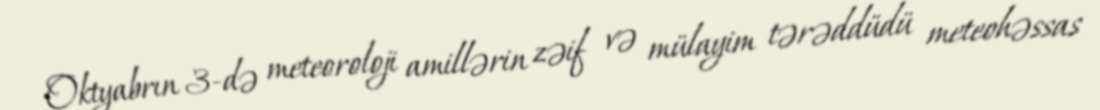
Oktyabrın 3-də meteoroloji amillərin zəif və mülayim tərəddüdü meteohəssas